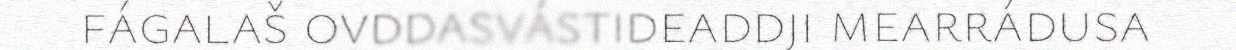
fágalaš ovddasvástideaddji mearrádusa